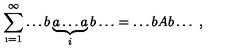
\sum _ { \i = 1 } ^ { \infty } \dots b \underbrace { a \dots a } _ { i } b \dots = \dots b A b \dots \ ,